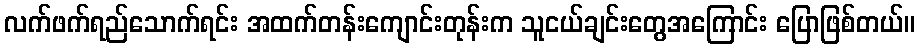
လက်ဖက်ရည်သောက်ရင်း အထက်တန်းကျောင်းတုန်းက သူငယ်ချင်းတွေအကြောင်း ပြောဖြစ်တယ်။